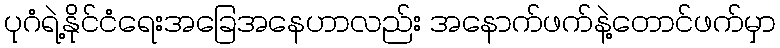
ပုဂံရဲ့နိုင်ငံရေးအခြေအနေဟာလည်း အနောက်ဖက်နဲ့တောင်ဖက်မှာ